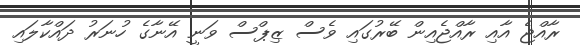
ރާއްޖެ އާއި ރާއްޖެއިން ބޭރުގައި ވެސް ޒިޕްސް ވަނީ އޭނާގެ ހުނަރު ދައްކާލައި